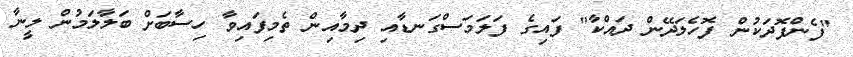
"ފެންފޮދަކުން ފޮހެލަދޭން ދައްކާ" ފައިގެ ފަލަމަސްގަނޑާއި ދިމާއިން ތެމިފައިވާ ހިސާބަށް ބަލާލަމުން ލީނާ